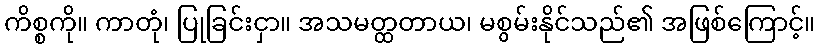
ကိစ္စကို။ ကာတုံ၊ ပြုခြင်းငှာ။ အသမတ္ထတာယ၊ မစွမ်းနိုင်သည်၏ အဖြစ်ကြောင့်။